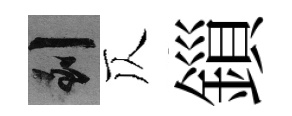
到仄鎻